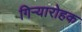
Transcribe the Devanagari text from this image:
गिऱ्यारोहक